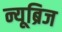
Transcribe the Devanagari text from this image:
न्यूब्रिज